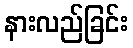
နားလည်ခြင်း